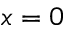
x = 0